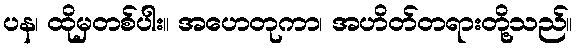
ပန၊ ထိုမှတစ်ပါး။ အဟေတုကာ၊ အဟိတ်တရားတို့သည်။